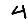
Digit: 4